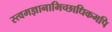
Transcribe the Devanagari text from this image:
स्त्वमज्ञानामिच्छाधिकमपि